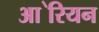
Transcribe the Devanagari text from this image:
आ॓रियन